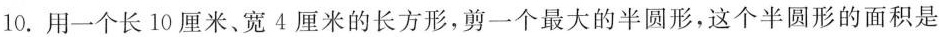
10.用一个长10厘米、宽4厘米的长方形，剪一个最大的半圆形，这个半圆形的面积是